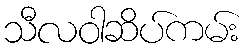
သီလဝါဆိပ်ကမ်း